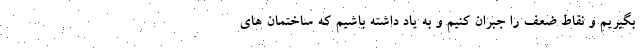
بگیریم و نقاط ضعف را جبران کنیم و به یاد داشته باشیم که ساختمان های